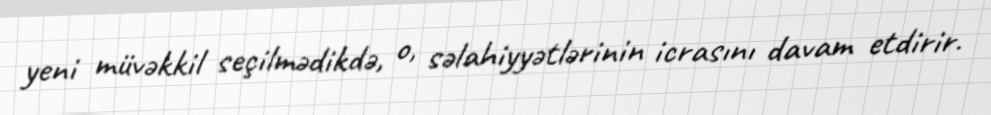
yeni müvəkkil seçilmədikdə, o, səlahiyyətlərinin icrasını davam etdirir.